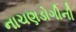
નાચણડોગીની